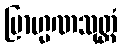
ဗြာဟ္မဏသုတ္တံ